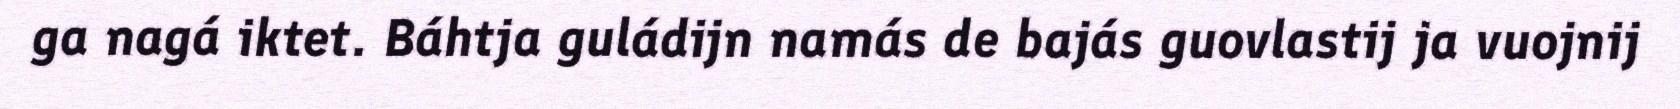
ga nagá iktet. Báhtja guládijn namás de bajás guovlastij ja vuojnij